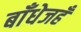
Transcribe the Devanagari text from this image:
बाँधेजहँ